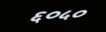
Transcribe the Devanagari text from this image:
६०५०